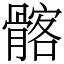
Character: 髂